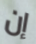
إن